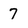
Character: 7